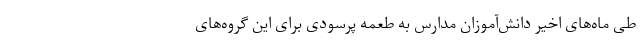
طی ماه‌های اخیر دانش‌آموزان مدارس به طعمه پرسودی برای این گروه‌های